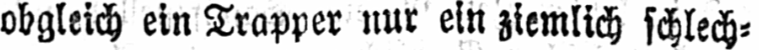
obgleich ein Trapper nur ein ziemlich schlech⸗